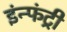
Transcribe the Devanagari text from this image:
इंन्फंट्री